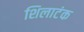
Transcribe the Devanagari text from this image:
शिलाटंक